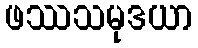
ဖဿသမုဒယာ